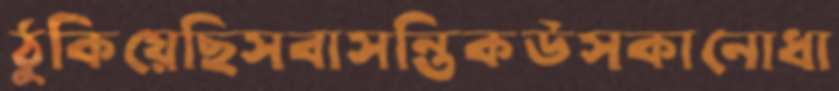
ঠুকিয়েছিসবাসন্তিকউসকানোধা